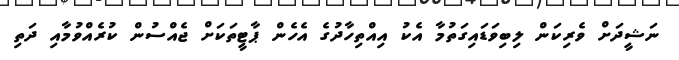
ނަޝީދަށް ވެރިކަން ލިބިވަޑައިގަތުމާ އެކު އިއްތިހާދުގެ އެހެން ޕާޓީތަކަށް ޖެއްސުން ކުރެއްވުމާއި ދަތި